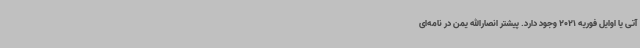
آتی یا اوایل فوریه 2021 وجود دارد. پیشتر انصارالله یمن در نامه‌ای